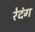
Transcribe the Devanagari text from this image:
रेदंग